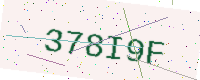
Text: 378I9F